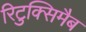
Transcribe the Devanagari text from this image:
रिटुक्सिमैब